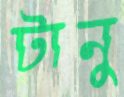
টানু